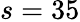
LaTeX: s=35